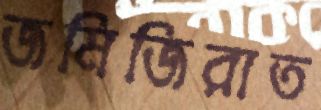
জমিজিরাত